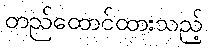
တည်ထောင်ထားသည့်